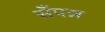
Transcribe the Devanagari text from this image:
सँपन्न